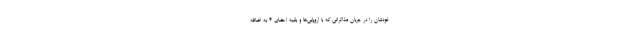
خودشان را در جریان مذاکراتی که با اروپایی‌ها و بقیه اعضای ۴ به اضافه